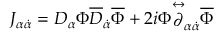
J _ { \alpha \dot { \alpha } } = D _ { \alpha } \Phi \overline { { { D } } } _ { \dot { \alpha } } \overline { { { \Phi } } } + 2 i \Phi { \stackrel { \leftrightarrow } { \partial } } _ { \alpha \dot { \alpha } } \overline { { { \Phi } } }